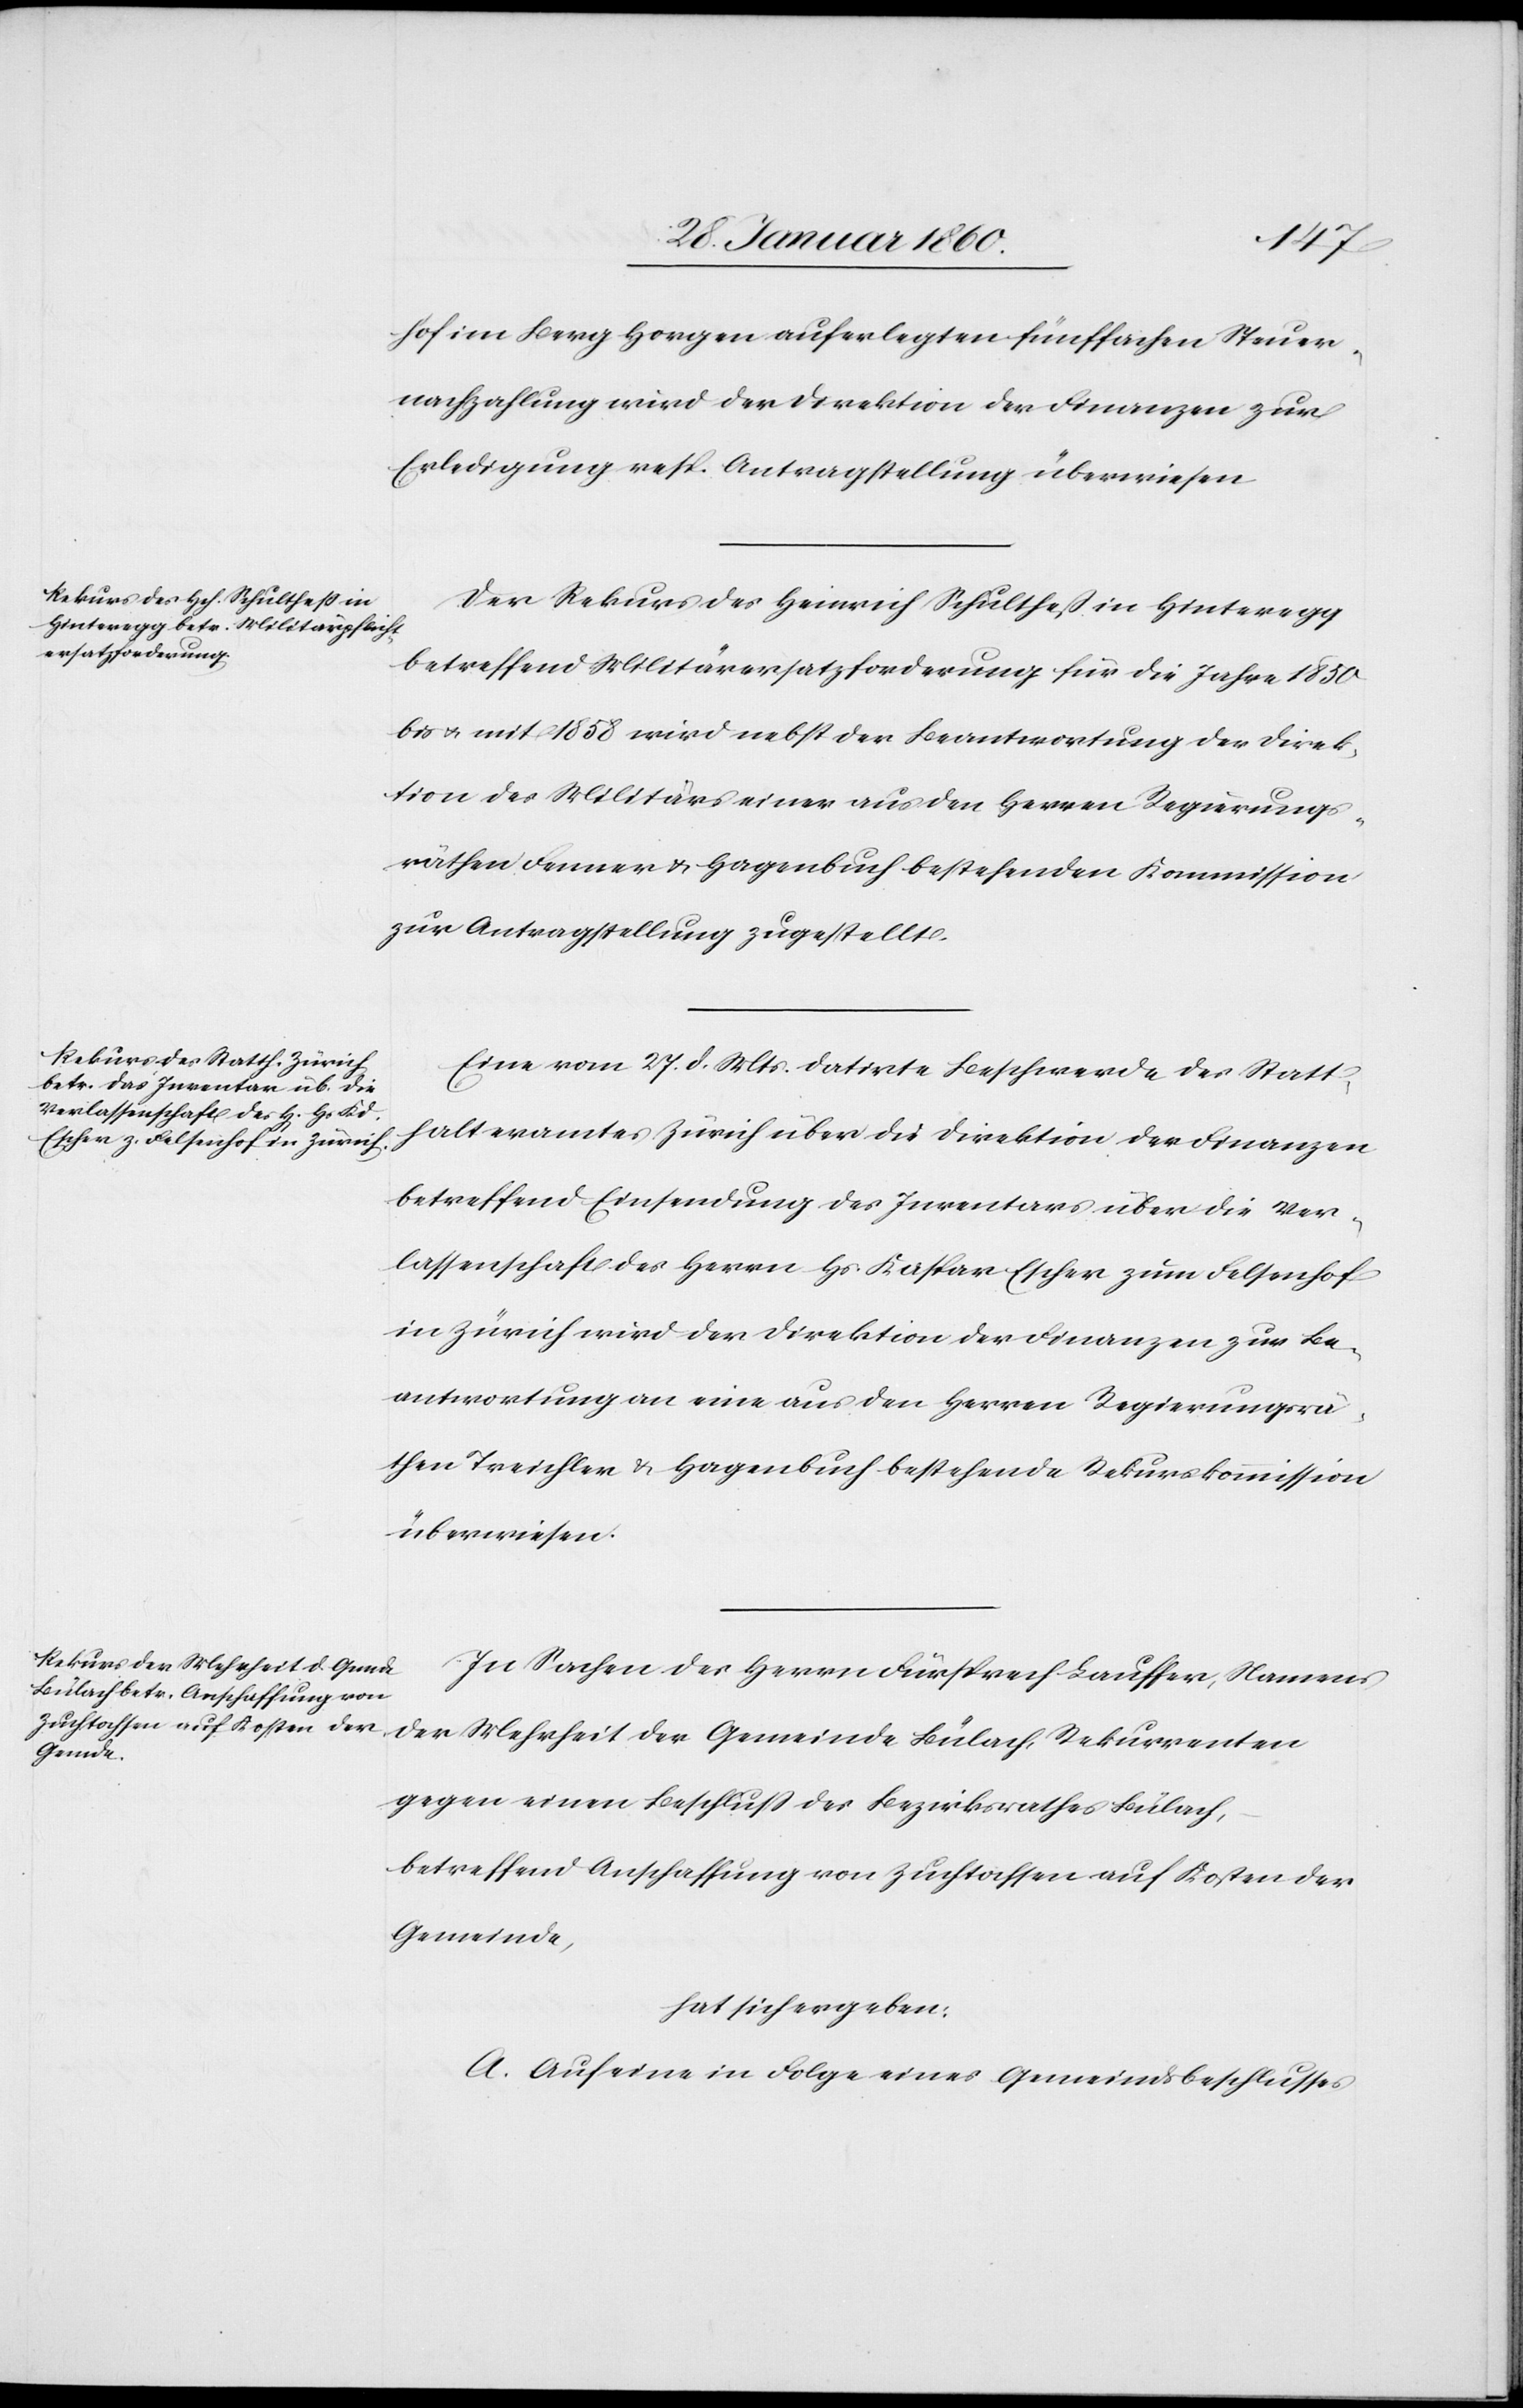
hof im Berg Horgen auferlegten fünffachen Steuer¬
nachzahlung wird der Direktion der Finanzen zur
Erledigung resp. Antragstellung überwiesen.
Der Rekurs des Heinrich Schulthess in Hinteregg
betreffend Militärersatzforderung für die Jahre 1850
bis u. mit 1858 wird nebst der Beantwortung der Direk¬
tion des Militärs einer aus den Herren Regierungs¬
räthen Fenner u. Hagenbuch bestehenden Kommission
zur Antragstellung zugestellt.
Eine vom 27. d. Mts. datirte Beschwerde des Statt¬
halteramtes Zürich über die Direktion der Finanzen
betreffend Einsendung des Inventars über die Ver¬
lassenschaft des Herrn Hs. Kaspar Escher zum Felsenhof
in Zürich wird der Direktion der Finanzen zur Be¬
antwortung an eine aus den Herren Regierungsrä¬
then Treichler u. Hagenbuch bestehende Rekurskommission
überwiesen.
In Sachen des Herrn Fürsprech Lauffer, Namens
der Mehrheit der Gemeinde Bülach, Rekurrenten
gegen eine Beschluß des Bezirksrathes Bülach,
betreffend Anschaffung von Zuchtochsen auf Kosten der
Gemeinde,
hat sich ergeben:
A. Auf eine in Folge eines Gemeindsbeschlusses